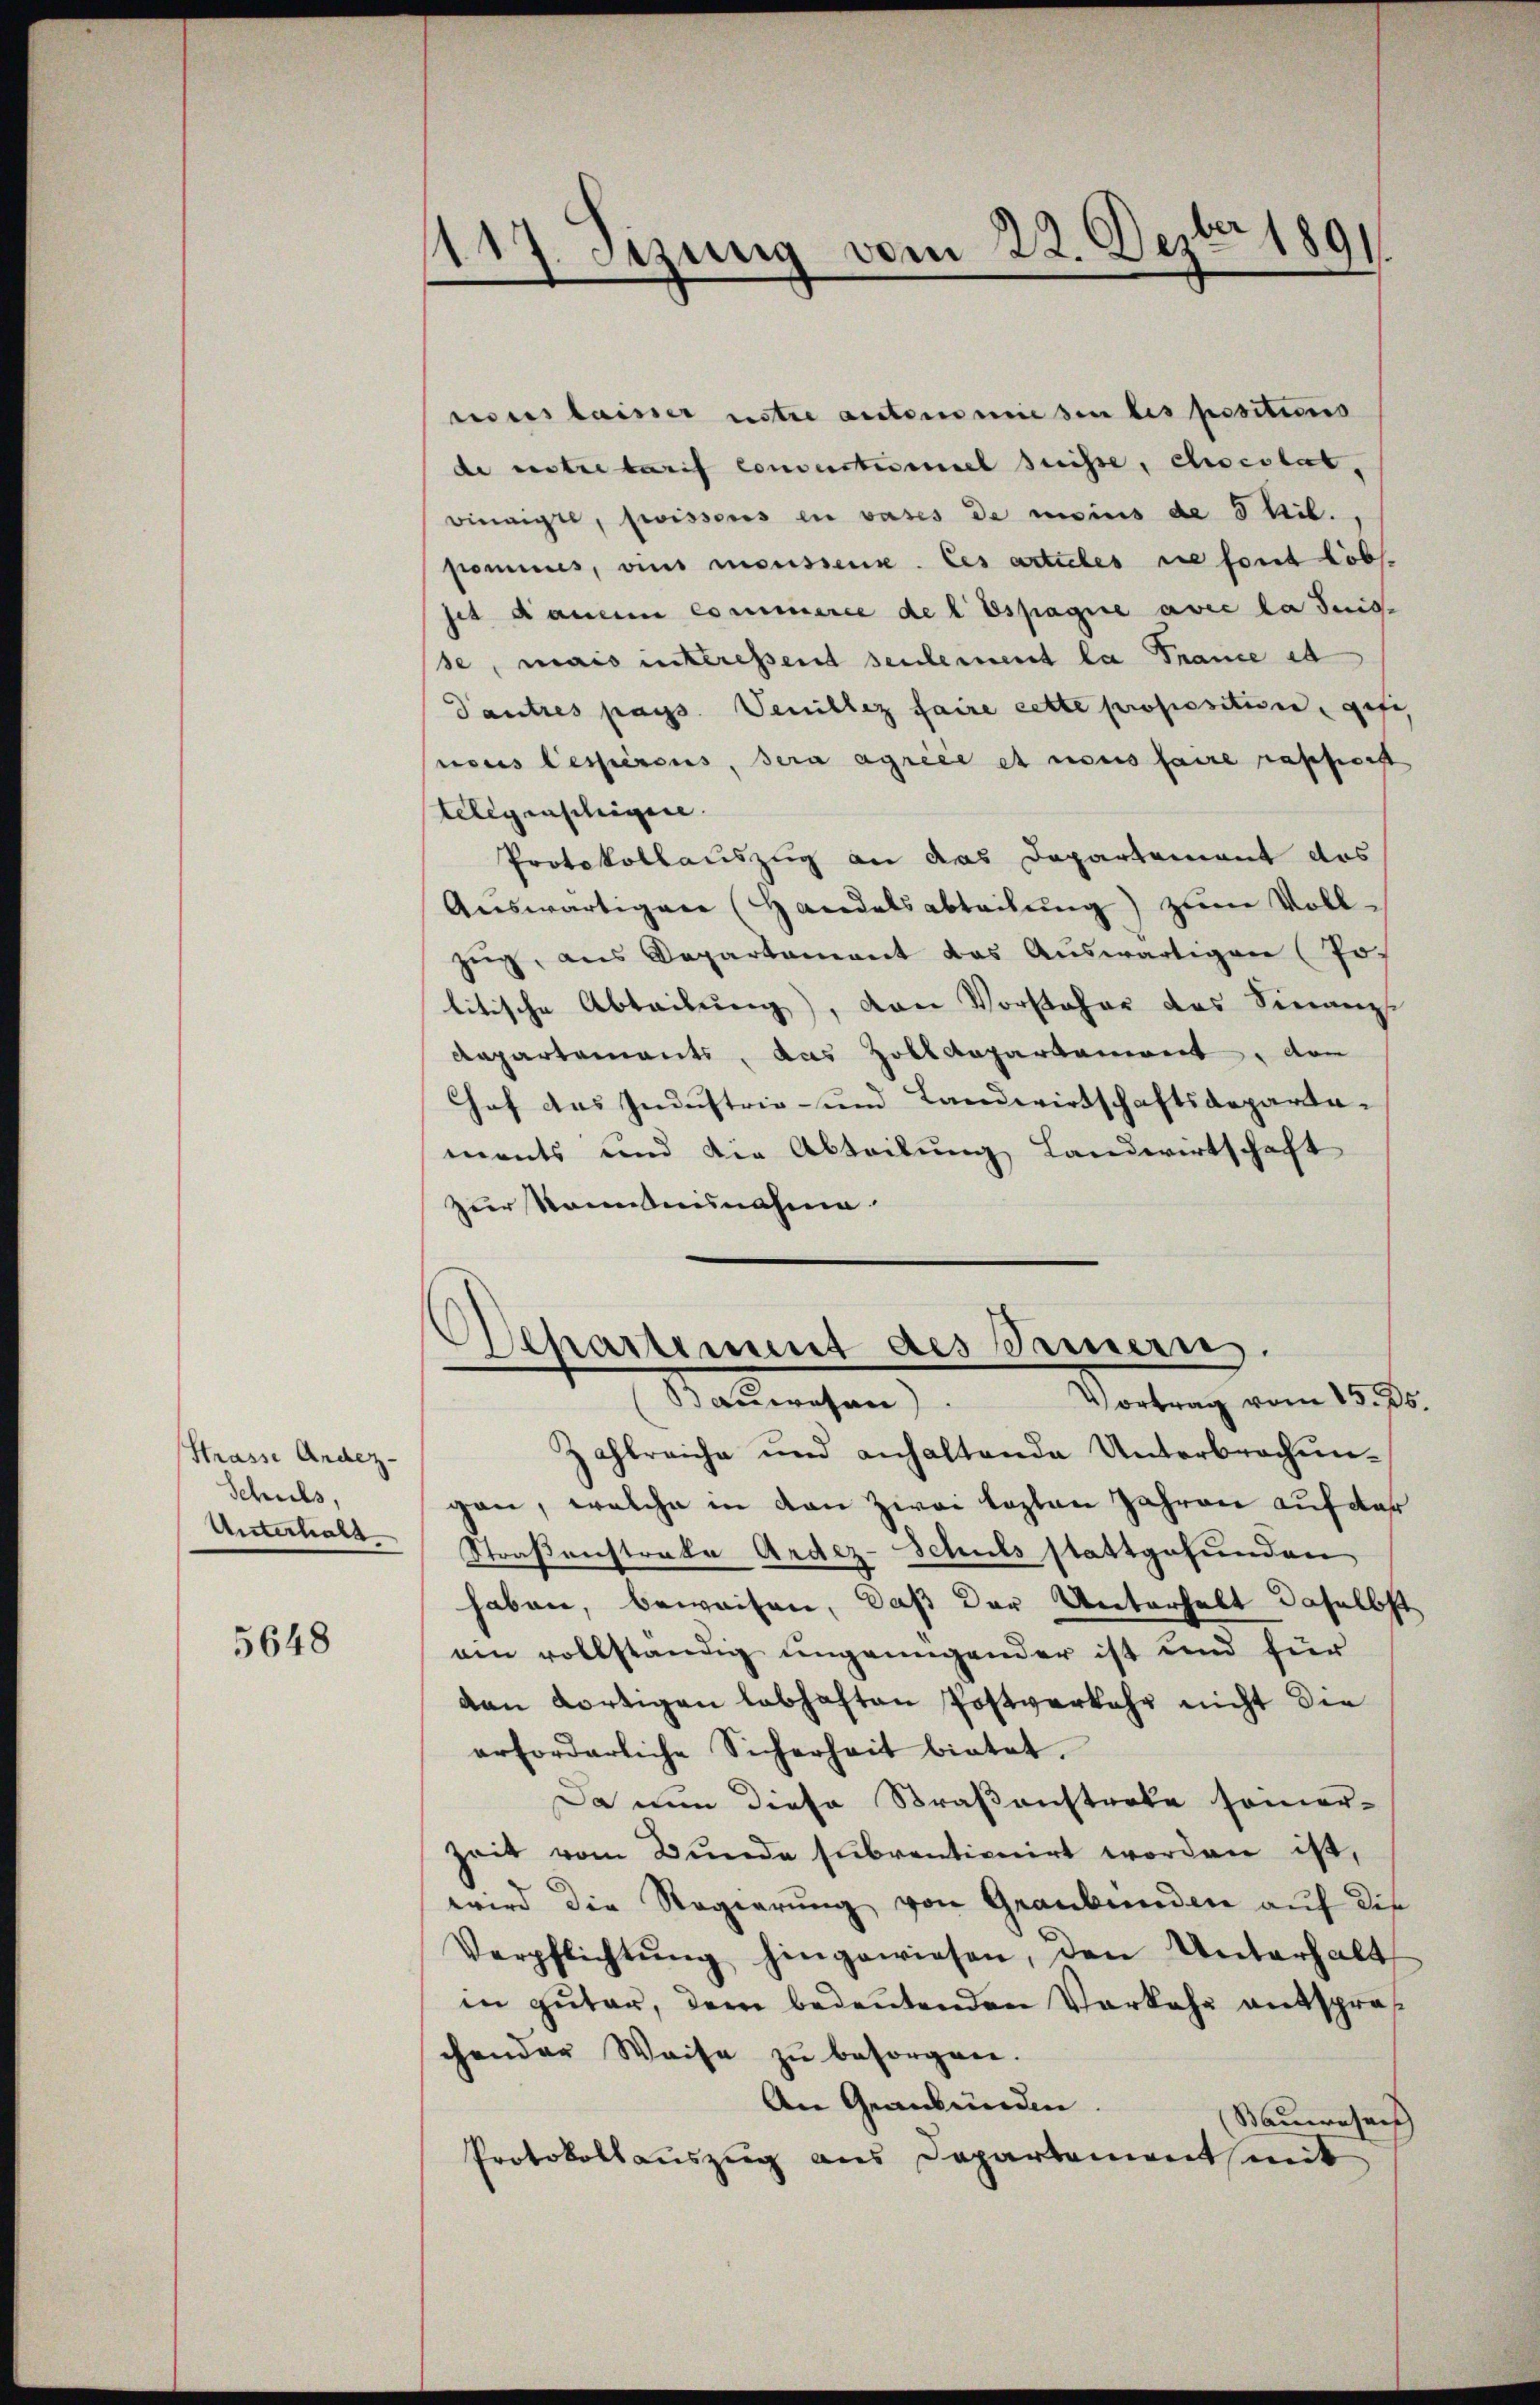
Strasse Andez-
Schuls,
Unterhalt

5648

1117. Sizung vom 22. Dezbr 1891

nous laisser untre autonomiesen les positions
de entretarif Concestimmel suisse, choislat,
wienigel, swisseres en vases de moins de 5 Kil.,
pommes, dies moussens. Les articles sie sont lobl.
set dauer commerce de l. Espagne avec la Suis-
se, mais interessend seulement la France et
Pautres pass. Veniblez faire cette propositiven gefe
nous lessierens, sera agrice et nonis faire rapferst
Telegenschigere
Protokollauszug an das Departement das
Aŭswärtigen (Handelsabteilŭng zŭm Vollzŭg, aus Departament das Aŭswärtiger (Jo
litische Abteilung), von Vorsteher das Finanz-
Repartements, das Zolldepartement, den
Hof das Industrie- und Landwirtschaftsdeparta-
ments und die Abteilung Landwirtschaft
zur Samtausnahme.

Departement des Sammern.
Vartung vom 157.
Saumesan

Zahlreiche und anhaltende Unterbrechungen, welche in den zwei lezten Jahren auf der
Straßenstrate Ardez-Schuls stattgefunden
haben, beweisen, daß der Unterhalt daselbst
am vollständig ungenügender ist und für
dan dortigen lebhaften Postverkehr nicht die
erforderliche Sicherheit bietet.
Da nun diese Straßenstreke somer-
Zeit vom Bunde subventionirt worden ist,
wird die Regierung von Graubünden auf die
Verpflichtŭng hingewiesen, den Unterhalt
in guter, dem bedeutenden Vorkehr entsprochender Weise zu besorgen.
An Graubünden.
(Bauwesens
Protokollauszug aus Departement mit